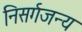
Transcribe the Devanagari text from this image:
निसर्गजन्य